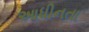
આધીનતા